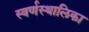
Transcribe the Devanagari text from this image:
स्वर्णस्थालिका